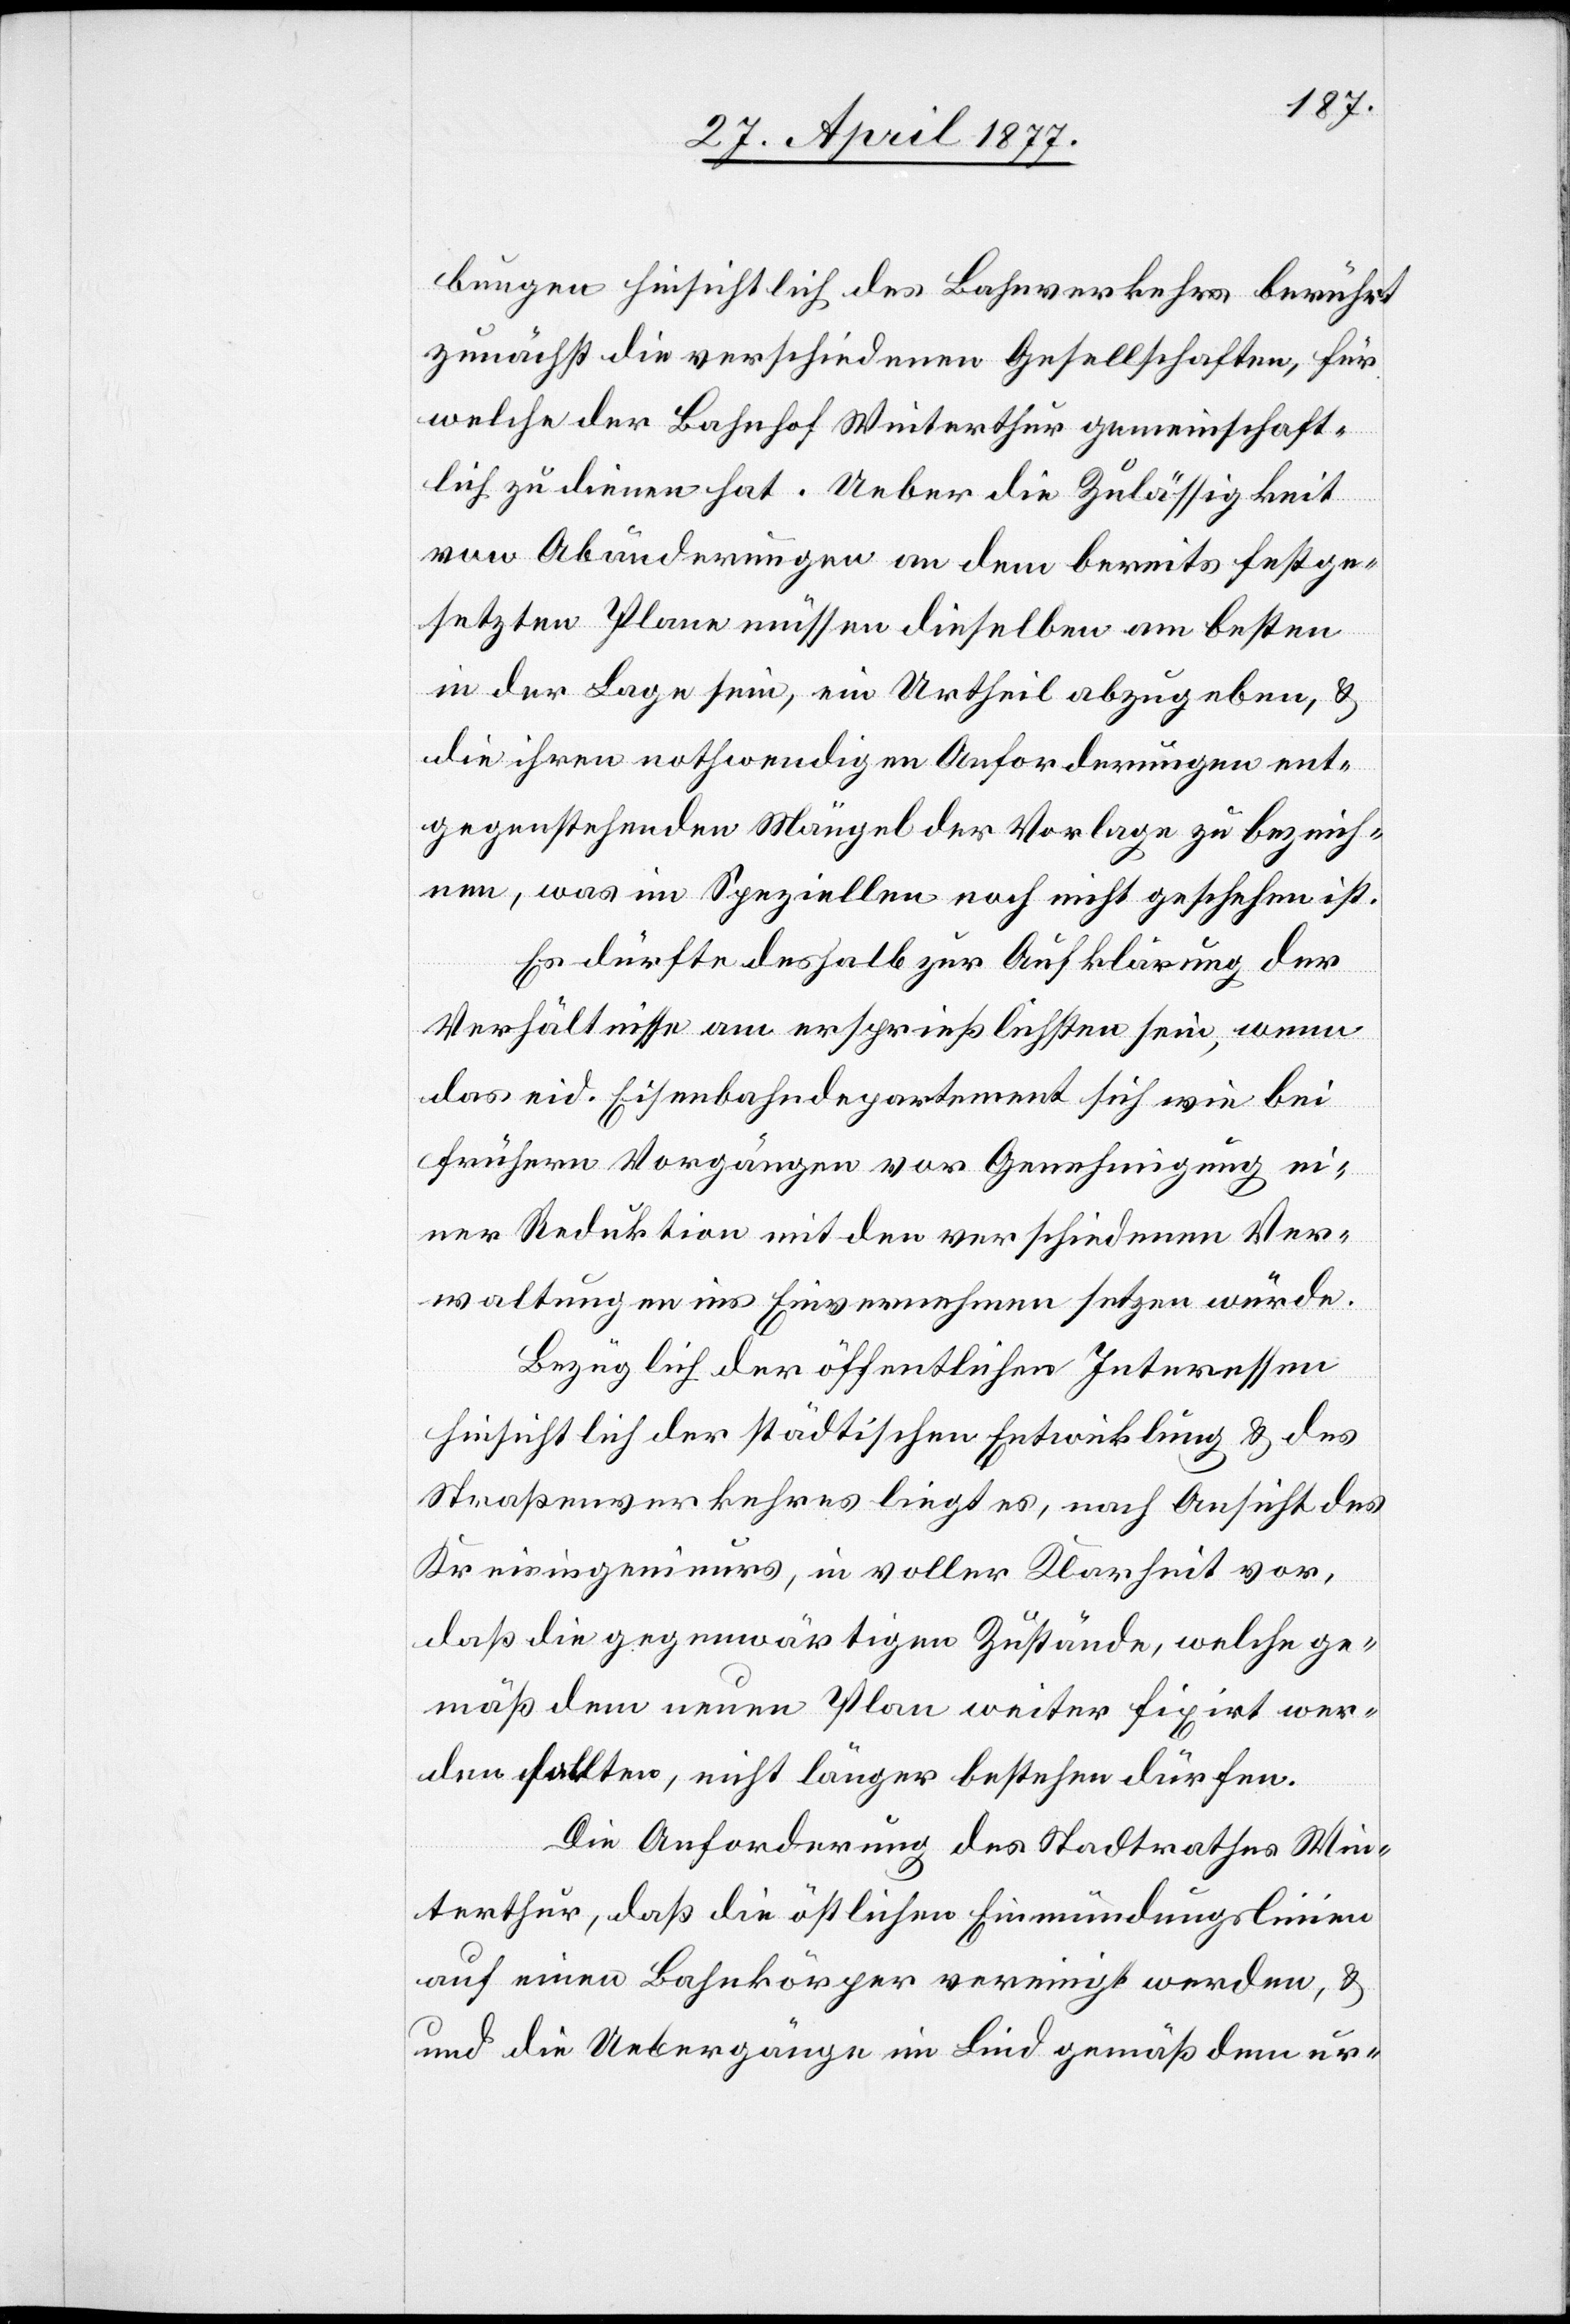
bungen hinsichtlich des Bahnverkehrs berührt
zunächst die verschiedenen Gesellschaften, für
welche der Bahnhof Winterthur gemeinschaft¬
lich zu dienen hat. Ueber die Zulässigkeit
von Abänderungen an dem bereits festge¬
setzten Plane müssen dieselben am besten
in der Lage sein, ein Urtheil abzugeben, &
die ihren nothwendigen Anforderungen ent¬
gegenstehenden Mängel der Vorlage zu bezeich¬
nen, was im Speziellen noch nicht geschehen ist.
Es dürfte deshalb zur Aufklärung der
Verhältnisse am ersprießlichsten sein, wenn
das eid. Eisenbahndepartement sich wie bei
frühern Vorgängen vor Genehmigung ei¬
ner Reduktion mit den verschiedenen Ver¬
waltungen ins Einvernehmen setzen würde.
Bezüglich der öffentlichen Interessen
hinsichtlich der städtischen Entwicklung & des
Straßenverkehres liegt es, nach Ansicht des
Kreisingenieurs, in voller Klarheit vor,
daß die gegenwärtigen Zustände, welche ge¬
mäß dem neuen Plan weiter fixirt wer¬
den sollten, nicht länger bestehen dürfen.
Die Anforderung des Stadtrathes Win¬
terthur, daß die östlichen Einmündungslinien
auf einen Bahnkörper vereinigt werden, &
die Uebergänge im Lind gemäß dem ur-